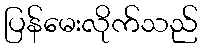
ပြန်မေးလိုက်သည်